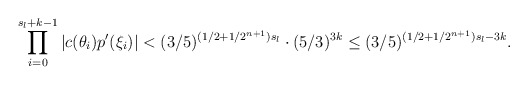
\begin{align*}\prod \limits^{s_l + k-1}_{i = 0} |c(\theta_i)p'(\xi_i)| < (3/5)^{(1/2 + 1/2^{n+1})s_l} \cdot (5/3)^{3k} \leq (3/5)^{(1/2 + 1/2^{n+1})s_l - 3k}.\end{align*}